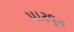
પાટલૂન